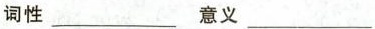
词性___ 意义 ___